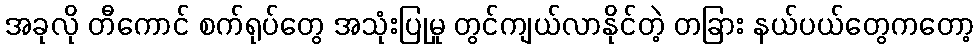
အခုလို တီကောင် စက်ရုပ်တွေ အသုံးပြုမှု တွင်ကျယ်လာနိုင်တဲ့ တခြား နယ်ပယ်တွေကတော့